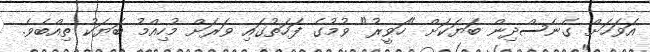
އަވަހަށް ގެނެސްދިން ބަޔަކަށް "ހަވީރު" ވުމުގެ ފަހަތުގައި ވަރަށް މުހިއްމު ބަޔަކު ތިއްބެވެ.